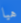
هيا